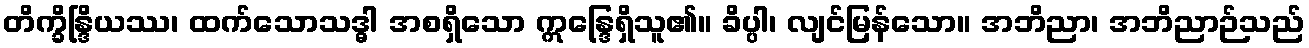
တိက္ခိန္ဒြိယဿ၊ ထက်သောသဒ္ဓါ အစရှိသော ဣန္ဒြေရှိသူ၏။ ခိပ္ပါ၊ လျင်မြန်သော။ အဘိညာ၊ အဘိညာဉ်သည်